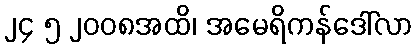
၂၄ ၅ ၂၀၀၈အထိ၊ အမေရိကန်ဒေါ်လာ